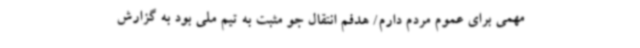
مهمی برای عموم مردم دارم/ هدفم انتقال جو مثبت به تیم ملی بود به گزارش